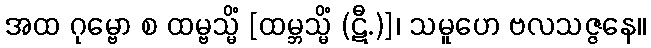
အထ ဂုမ္ဗော စ ထမ္ဗသ္မိံ [ထမ္ဘသ္မိံ (ဋီ.)]၊ သမူဟေ ဗလသဇ္ဇနေ။